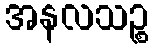
အနလသဉ္စ